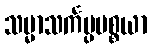
သမ္မာသင်္ကပ္ပပစ္စယာ